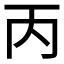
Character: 丙